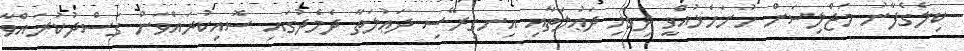
ކިލެގެފާނު މަޖްލިސަށް ހުށަހެޅުއްވީ ދިވެހި ދަޢުލަތާއި އިނގިރޭސި ދަޢުލަތާ ދެމެދުގައި ސޮއިކުރައްވަން ގަސްދުކުރައްވާ